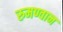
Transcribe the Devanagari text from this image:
रुमण्वान